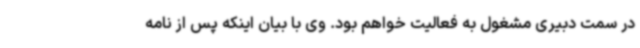
در سمت دبیری مشغول به فعالیت خواهم بود. وی با بیان اینکه پس از نامه